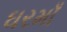
ઘરમાઁ